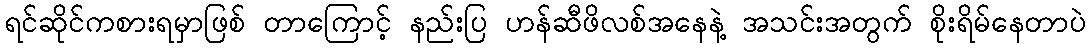
ရင်ဆိုင်ကစားရမှာဖြစ် တာကြောင့် နည်းပြ ဟန်ဆီဖိလစ်အနေနဲ့ အသင်းအတွက် စိုးရိမ်နေတာပဲ